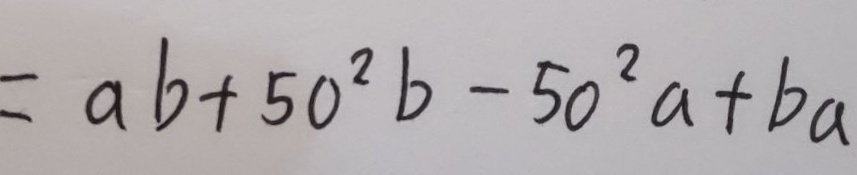
= a b + 5 0 ^ { 2 } b - 5 0 ^ { 2 } a + b a